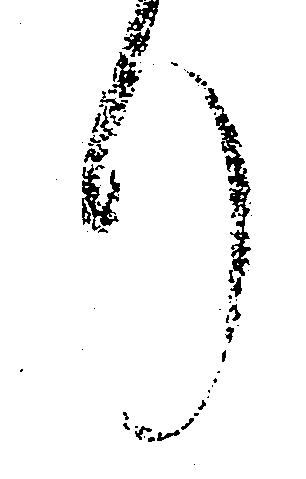
り